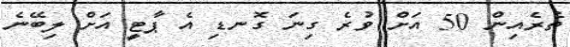
ތެރެއިން 50 އަށް ވުރެ ގިނަ ގޮނޑި އެ ޕާޓީ އަށް ލިބޭނެ